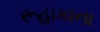
રૂહાકાના